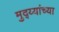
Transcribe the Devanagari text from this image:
मुद्य्यांच्या